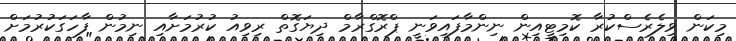
މިކަން ވިލެރެސްކުރާ ކޮމިޓީއިން ނިންމާފައިވަނީ ޕްރޮގްރާމް ދިޔަގޮތް ރިވިއު ކުރުމަށާއި ނިމުން ފާހަގަކުރުމަށް